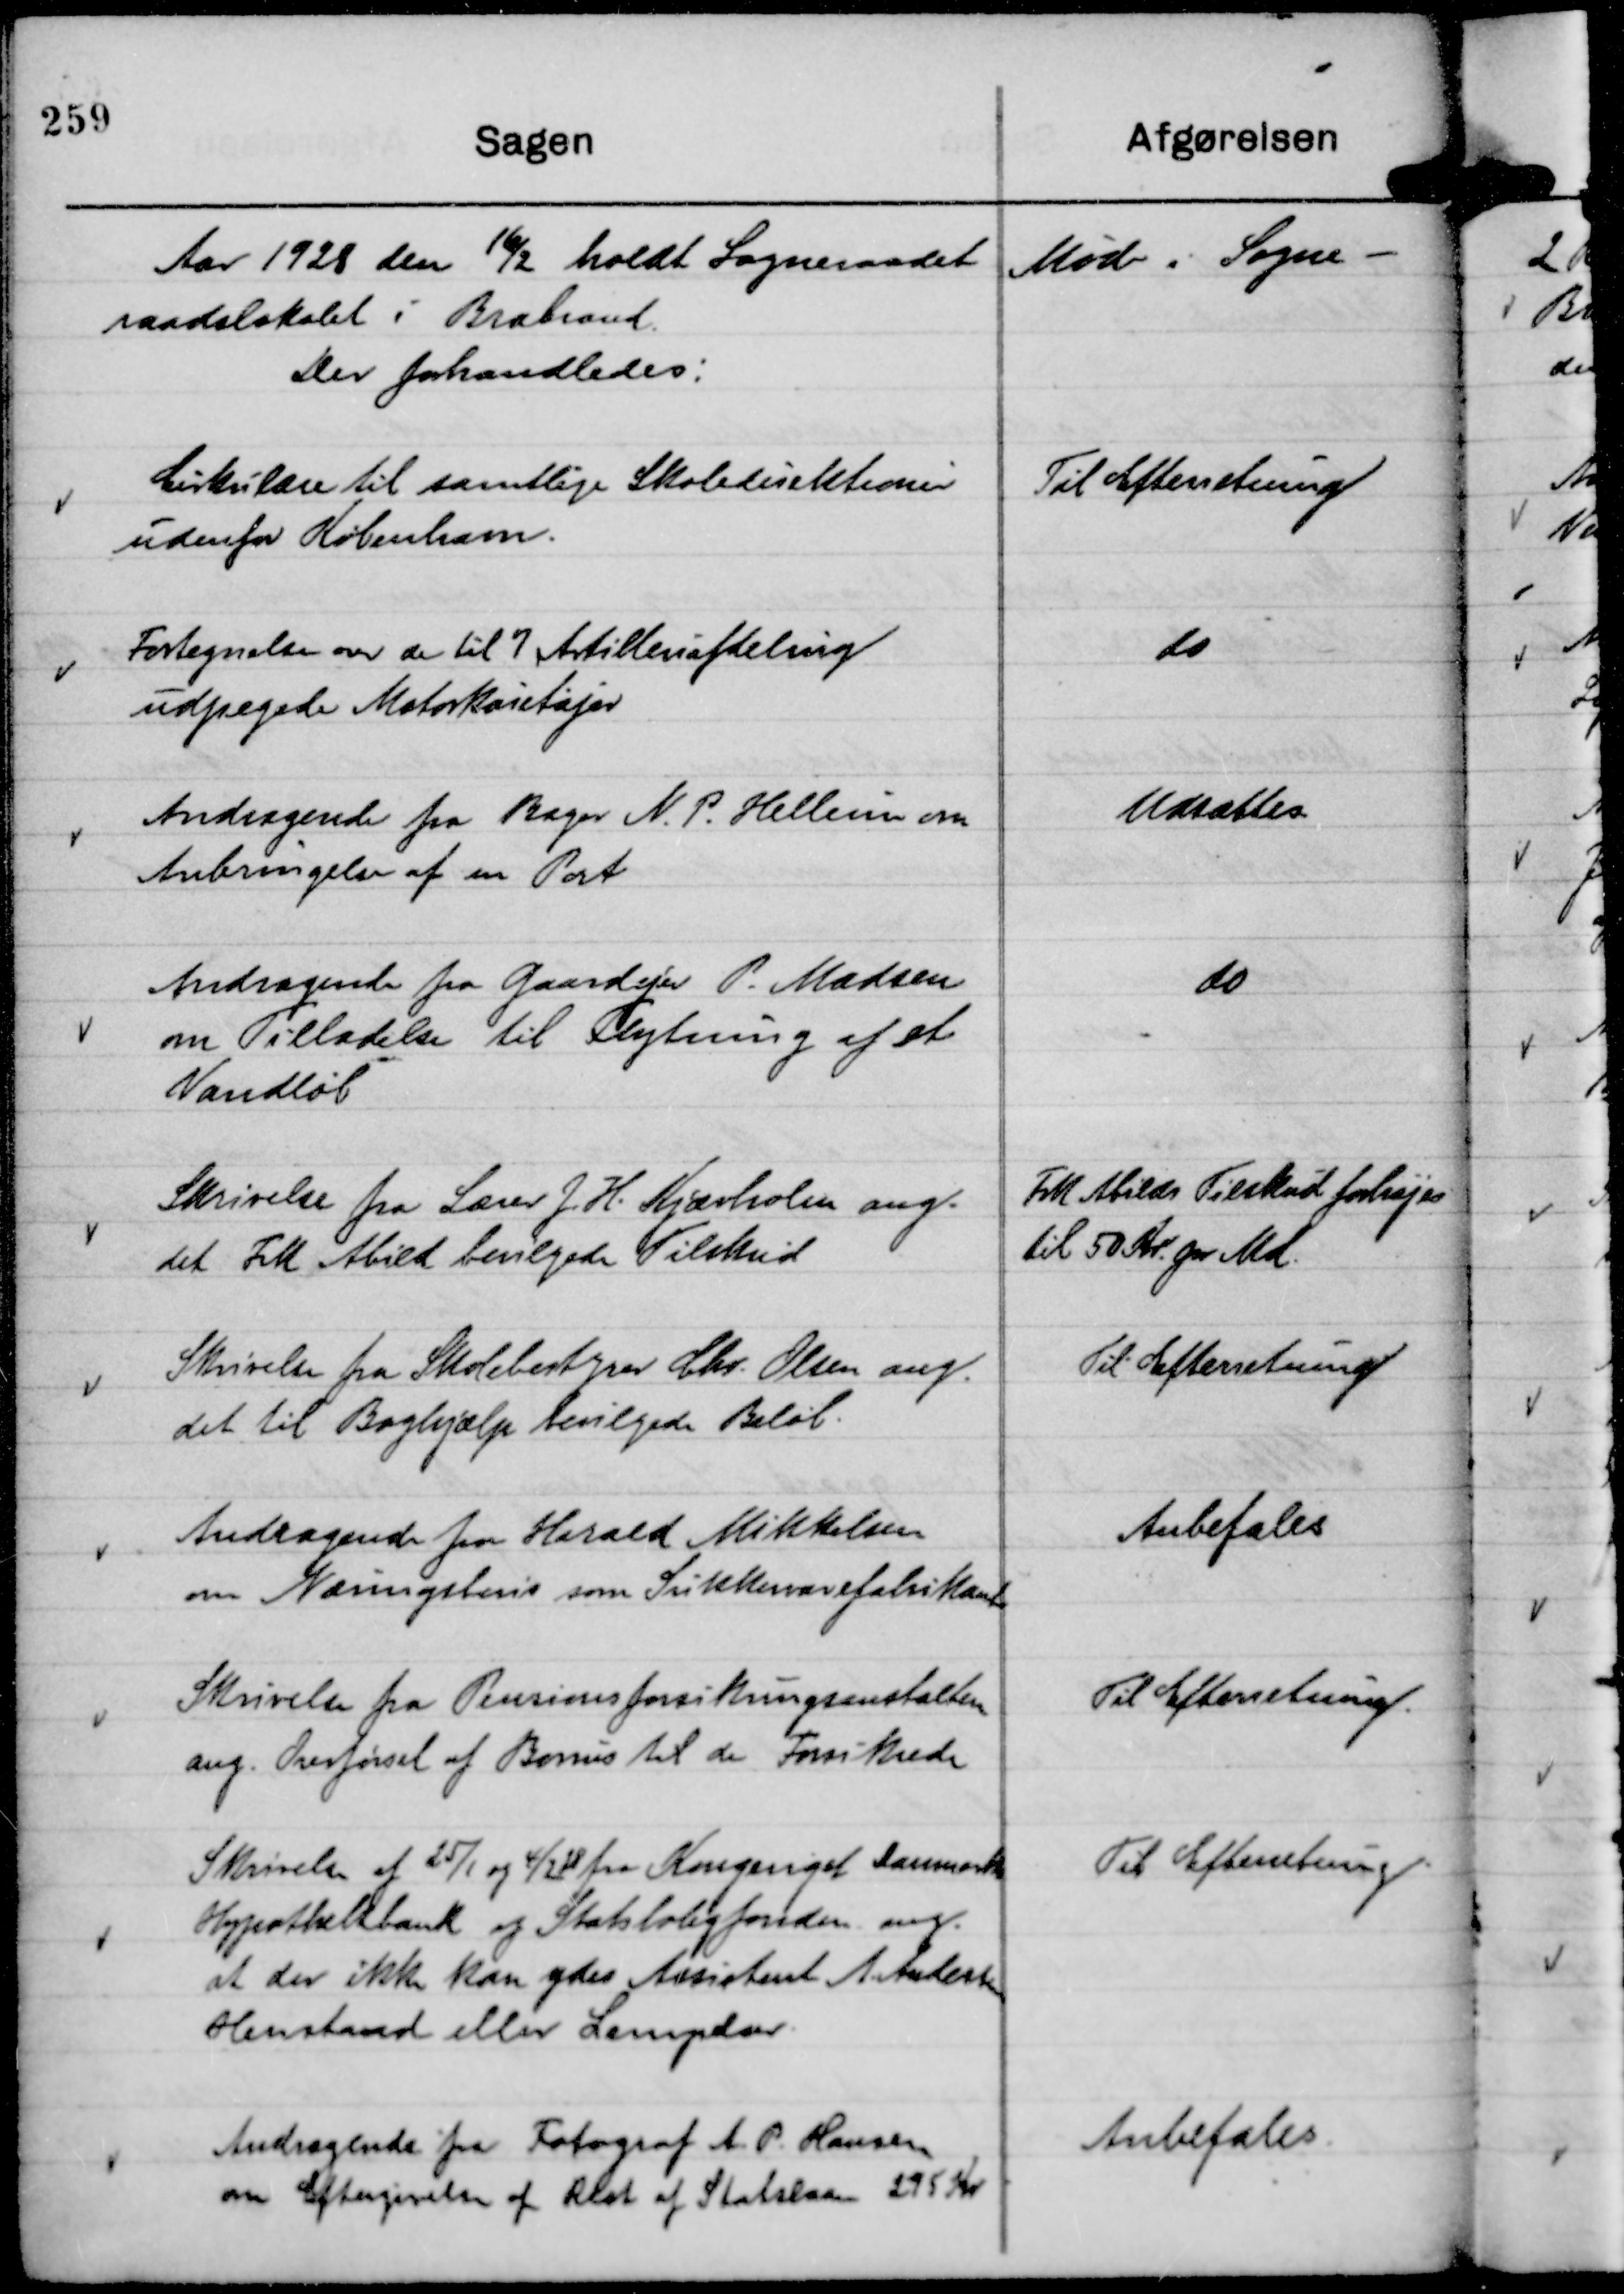
Transskription:
Aar 192,8 den

16/2 holdt Sogneraadet Møde i Sogne-
raadslokalet i Brabrand.
Der forhandledes:

Cirkulære til samtlige Skolediretioner
udenfor København.

Til Efterretning

Fortegnelse over de til 7 Artilleriafdeling
udpegede Motorkøretøjer

do

Andragende fra Bager N. P. Hellesen om
Anbringelse af en Port

Udsættes.

Andragende fra Gaardejer P. Madsen
om Tilladelse til Flytning af et
Vandløb

do

Skrivelse fra Lærer J H. Kjærholm ang.
det Frk Abild bevilgede Tilskud

Frk Abilds Tilskud forhøjes
til 50 Kr. pr Md.

Skrivelse fra Skolebestyrer Chr. Olsen ang.
det til Boghjælp bevilgede Beløb.

Til Efterretning

Andragende fra Harald Mikkelsen
om Næringsbevis som Sukkervarefabrikant

Anbefales

Skrivelse fra Pensionsforsikringsanstalten
ang. Overførsel af Bonus til de Forsikrede

Til Efterretning.

skrivelse af 25/1 og 4/2 28 fra Kongeriget Danmarks
Hypotheksbank og Statsboligfonden ang.
at der ikke kan ydes Assistent A. Andersen
Henstand eller Lempelser.

Til Efterretning.

Andragende fra Fotograf A. P. Hansen
om Eftergivelse af Rest af Statslaan 295 Kr

Anbefales.